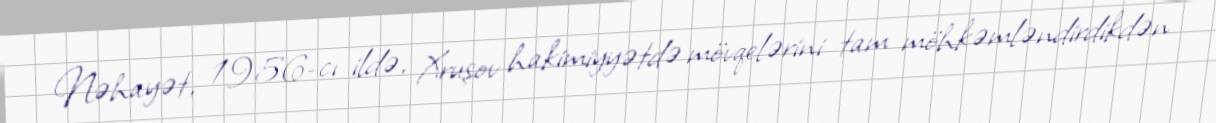
Nəhayət, 1956-cı ildə, Xruşov hakimiyyətdə mövqelərini tam möhkəmləndirdikdən